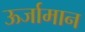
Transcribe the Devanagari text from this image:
ऊर्जामान